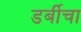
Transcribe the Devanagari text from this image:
डर्बीचा